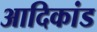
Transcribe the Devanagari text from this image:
आदिकांड